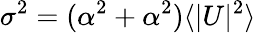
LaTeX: \sigma^{2}=(\alpha^{2}+\alpha^{2})\langle\lvert U\lvert^{2}\rangle